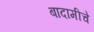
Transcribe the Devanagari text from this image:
बादामीचे